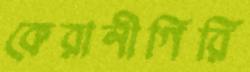
কেরানীগিরি